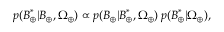
p ( \boldsymbol { B } _ { \oplus } ^ { * } | \boldsymbol { B } _ { \oplus } , \Omega _ { \oplus } ) \propto p ( \boldsymbol { B } _ { \oplus } | \boldsymbol { B } _ { \oplus } ^ { * } , \Omega _ { \oplus } ) \: p ( \boldsymbol { B } _ { \oplus } ^ { * } | \Omega _ { \oplus } ) ,